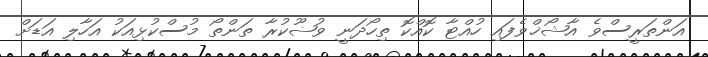
އަންތަރީސްވެ އާޝޯޚްވެފައި ހުއްޓާ ކޮއްކޮ ތިހޯދަނީ ވުޟޫކުރާ ތަންތޯ މުސްކުޅިއަކު އަހާލި އަޑަށް